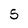
Character: 5